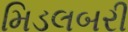
મિડલબરી